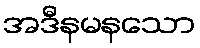
အဒီနမနသော